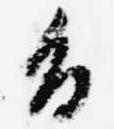
旨